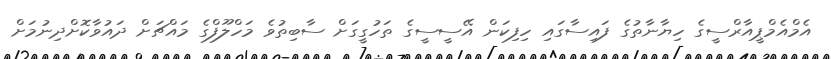
އެމްއެމްޕީއާރްސީގެ ހިޔާނާތުގެ ފައިސާގައި ހިފިކަން އޭސީސީގެ ތަހުގީގަށް ސާބިތުވެ މަހްލޫފްގެ މައްޗަށް ދައުވާކޮށްދިނުމަށް